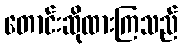
တောင်းဆိုထားကြသည်